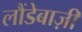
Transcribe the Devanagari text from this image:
लौंडेबाज़ी